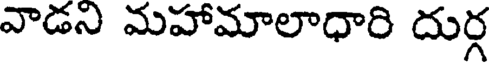
వాడని మహామాలాధారి దుర్గ